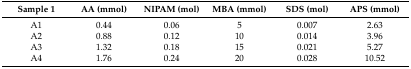
<table><thead><tr><td><b>Sample 1</b></td><td><b>AA (mmol)</b></td><td><b>NIPAM (mol)</b></td><td><b>MBA (mmol)</b></td><td><b>SDS (mol)</b></td><td><b>APS (mmol)</b></td></tr></thead><tbody><tr><td>A1</td><td>0.44</td><td>0.06</td><td>5</td><td>0.007</td><td>2.63</td></tr><tr><td>A2</td><td>0.88</td><td>0.12</td><td>10</td><td>0.014</td><td>3.96</td></tr><tr><td>A3</td><td>1.32</td><td>0.18</td><td>15</td><td>0.021</td><td>5.27</td></tr><tr><td>A4</td><td>1.76</td><td>0.24</td><td>20</td><td>0.028</td><td>10.52</td></tr></tbody></table>